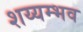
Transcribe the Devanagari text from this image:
शय्यम्भव